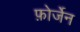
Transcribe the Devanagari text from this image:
फ़ोर्जेन